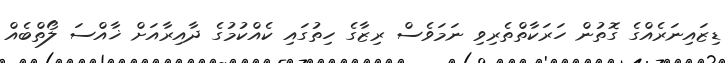
ޑިޒައިނަރެއްގެ ގޮތުން ހަރަކާތްތެރިވި ނަމަވެސް ރިޒާގެ ހިތުގައި ކެއްކުމުގެ ދާއިރާއަށް ޚާއްސަ ލޯތްބެއް